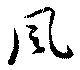
風